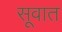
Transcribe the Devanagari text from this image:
सूवात